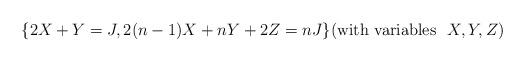
LaTeX: \begin{align*} \{2X+Y=J,2(n-1)X+nY+2Z=nJ\}({\rm with\ variables}\ \ X,Y,Z)\end{align*}